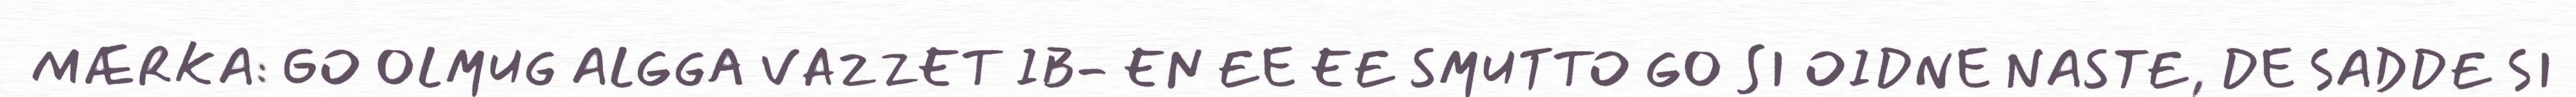
MÆRKA: GO OLMUG ALGGA VAZZET IB- EN EE EE SMUTTO GO SI OIDNE NASTE, DE SADDE SI